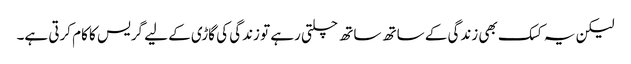
لیکن یہ کسک بھی زندگی کے ساتھ ساتھ چلتی رہے تو زندگی کی گاڑی کے لیے گریس کا کام کرتی ہے۔